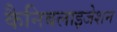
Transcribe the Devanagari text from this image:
कैनिबलाइजेशन